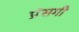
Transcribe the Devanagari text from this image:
प्रंसगी